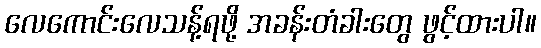
လေကောင်းလေသန့်ရဖို့ အခန်းတံခါးတွေ ဖွင့်ထားပါ။